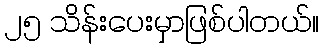
၂၅ သိန်းပေးမှာဖြစ်ပါတယ်။